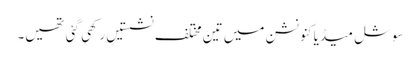
سوشل میڈیا کنونشن میں تین مختلف نشستیں رکھی گئی تھیں۔